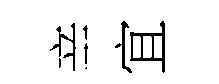
辛宜